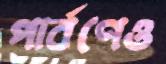
পার্বণেও